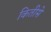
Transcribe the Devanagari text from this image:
कितीसे